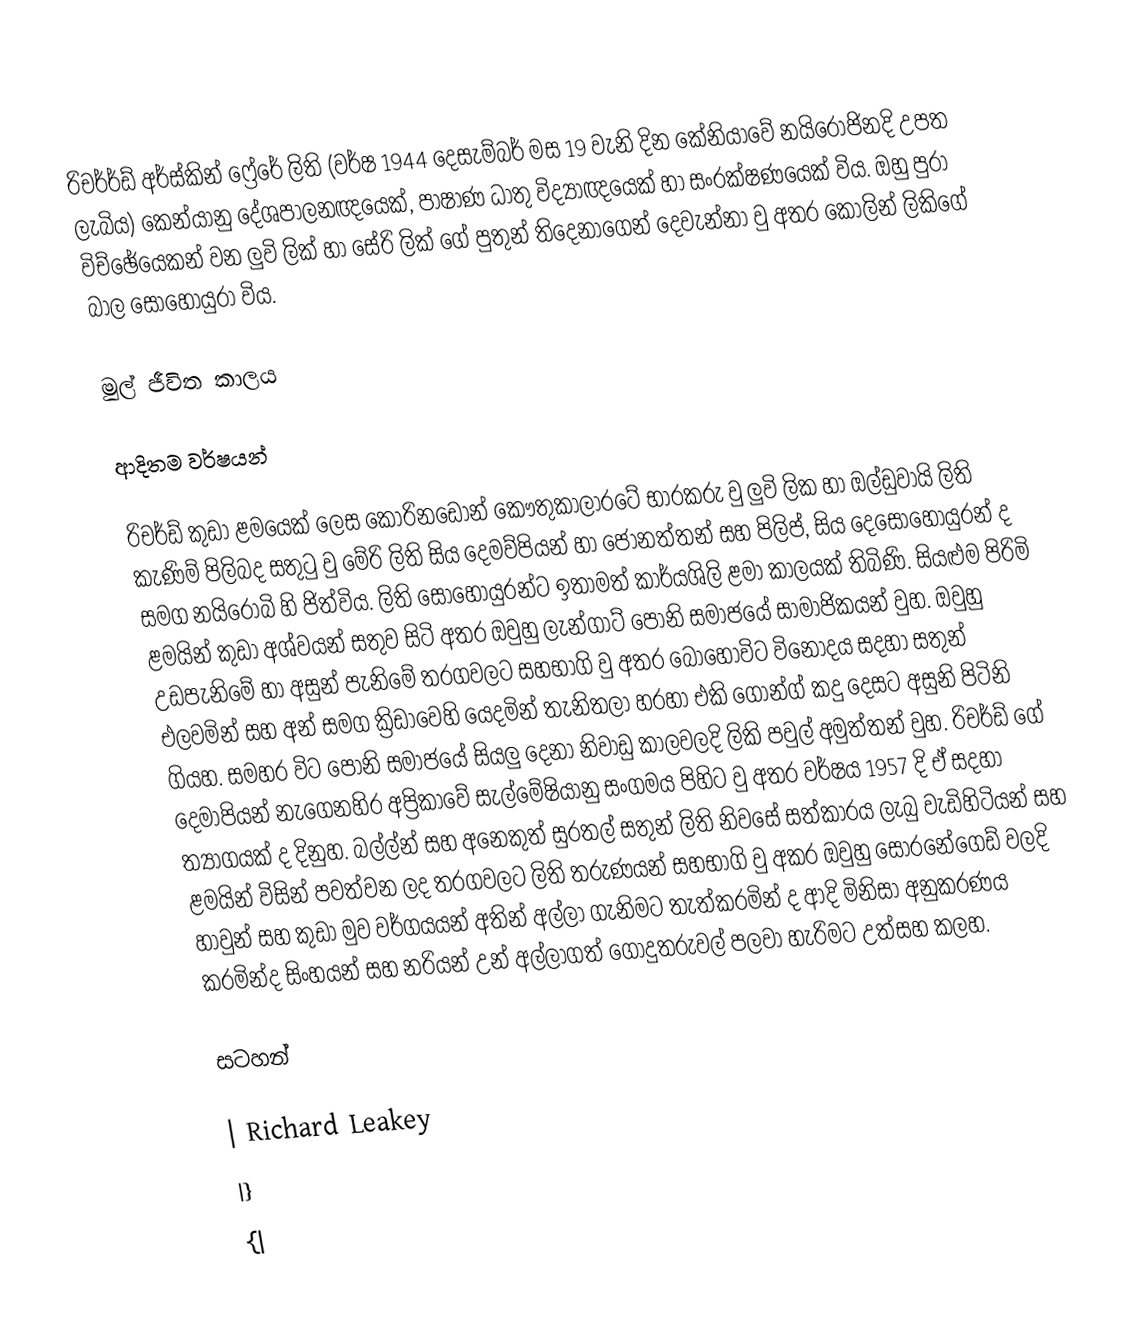
රිචර්ර්ඩ් අර්ස්කින් ‍ෆ්‍රේරේ ලිති (වර්ෂ 1944 දෙසැම්බර් මස 19 වැනි දින කේනියාවේ නයිරෝජිනදි උපත ලැබිය) කෙන්යානු දේශපාලනඥයෙක්, පාෂාණ ධාතු විද්‍යාඥයෙක් හා සංරක්ෂණයෙක් විය. ඔහු පුරා විච්ඡේයෙකන් වන ලුවි ලික් හා සේරි ලික් ගේ පුතුන් තිදෙනාගෙන් දෙවැන්නා වු අතර කොලින් ලිකිගේ බාල සොහොයුරා විය.

මුල් ජීවිත කාලය

ආදිතම වර්ෂයන්

රිචර්ඩ් කුඩා ළමයෙක් ලෙස කොරිනඩෝන් කෞතුකාලාරටේ භාරකරු වු ලුවි ලික හා ඔල්ඩුවායි ලිති කැණිම් පිලිබද සතුටු වු මේරි ලිති  සිය දෙමව්පියන් හා ‍ජොනත්තන් සහ පිලිප්, සිය ‍දෙ‍සොහොයුරන් ද සමග නයිරෝබි හි ජිත්විය. ලිති සොහොයුරන්ට ඉතාමත් කාර්යශිලි ළමා කාලයක් තිබිණි. සියළුම පිරිමි ළමයින් කුඩා අශ්වයන් සතුව සිටි අතර ඔවුහු ලැන්ගාට් පෝනි සමාජයේ සාමාජිකයන් වුහ. ඔවුහු උඩපැනිමේ හා අසුන් පැනිමේ තරගවලට සහභාගි වු අතර බොහෝවිට විනෝදය සදහා සතුන් එලවමින් සහ අන් සමග ක්‍රිඩාවෙහි යෙදමින් තැනිතලා හරහා එකි ගෝන්ග් කදු දෙසට අසුනි පිටිනි ගියහ. සමහර විට පෝනි සමාජයේ සියලු දෙනා නිවාඩු කාලවලදි ලිකි පවුල් අමුත්තන් වුහ. රිචර්ඩ් ගේ දෙමාපියන් නැගෙනහිර අප්‍රිකාවේ සැල්මේෂියානු සංගමය පිහිට වු අතර වර්ෂය 1957 දි ඒ සදහා ත්‍යාගයක් ද දිනුහ. බල්ල්න් සහ අනෙකුත් සුරතල් සතුන් ලිති නිවසේ සත්කාරය ලැබු වැඩිහිටියන් සහ ළමයින් විසින් පවත්වන ලද තරගවලට ලිති තරුණයන් සහභාගි වු අකර ඔවුහු සොරනේගෙඩ් වලදි හාවුන් සහ කුඩා මුව වර්ගයයන් අතින් අල්ලා ගැනිමට තැත්කරමින් ද ආදි මිනිසා අනුකරණය කරමින්ද සිංහයන් සහ නරියන් උන් අල්ලාගත් ගොදුතරුවල් පලවා හැරිමට උත්සහ කලහ.

සටහන්

| Richard Leakey
|}
{|